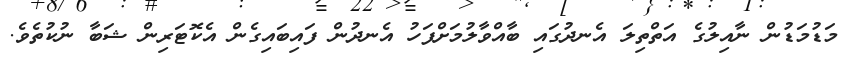
މަޑުމަޑުން ނާއިލުގެ އަތްތިލަ އެނދުގައި ބާއްވާލުމަށްފަހު އެނދުން ފައިބައިގެން އެކޮޓަރިން ޝަބާ ނުކުތެވެ.